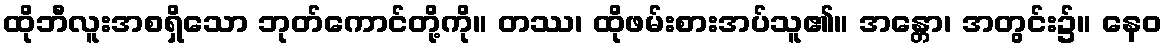
ထိုဘီလူးအစရှိသော ဘုတ်ကောင်တို့ကို။ တဿ၊ ထိုဖမ်းစားအပ်သူ၏။ အန္တော၊ အတွင်း၌။ နေဝ